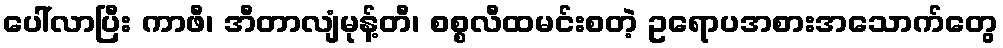
ပေါ်လာပြီး ကာဖီ၊ အီတာလျံမုန့်တီ၊ စစ္စလီထမင်းစတဲ့ ဥရောပအစားအသောက်တွေ